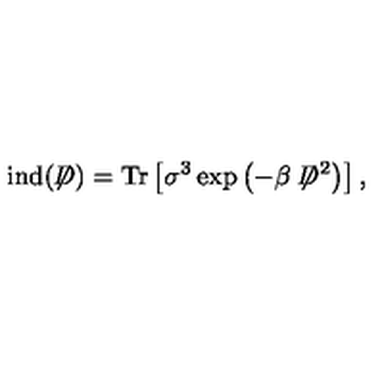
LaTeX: \mathrm { i n d } ( \not \! \! D ) = \mathrm { T r } \left[ \sigma ^ { 3 } \exp \left( - \beta \not \! \! D ^ { 2 } \right) \right] ,